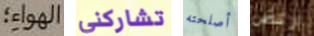
الهواء؛ تشاركني أصلحته اركض